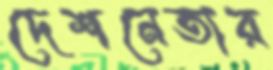
দেশনেতার